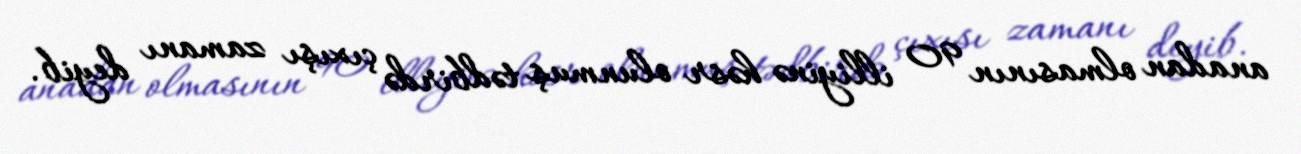
anadan olmasının 90 illiyinə həsr olunmuş tədbirdə çıxışı zamanı deyib.